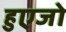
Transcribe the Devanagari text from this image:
हुएजो